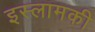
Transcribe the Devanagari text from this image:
इस्लामकी